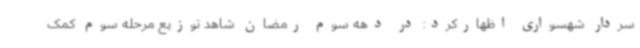
سردار شهسواری اظهارکرد: در دهه سوم رمضان شاهد توزیع مرحله سوم کمک